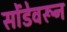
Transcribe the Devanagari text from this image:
सोंडेवरून